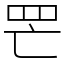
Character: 𦉾